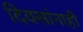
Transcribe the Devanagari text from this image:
दिवसांनाही